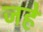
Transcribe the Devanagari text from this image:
जहे